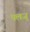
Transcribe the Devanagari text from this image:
पलज्